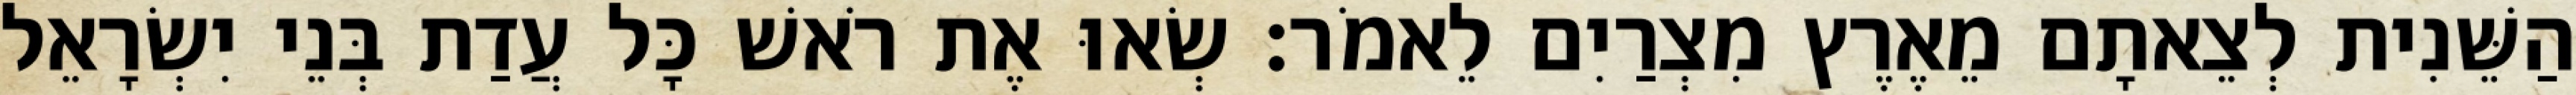
הַשֵּׁנִית לְצֵאתָם מֵאֶרֶץ מִצְרַיִם לֵאמֹר׃ שְׂאוּ אֶת רֹאשׁ כָּל עֲדַת בְּנֵי יִשְׂרָאֵל